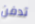
تدفن